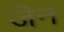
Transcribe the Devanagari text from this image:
जॆन